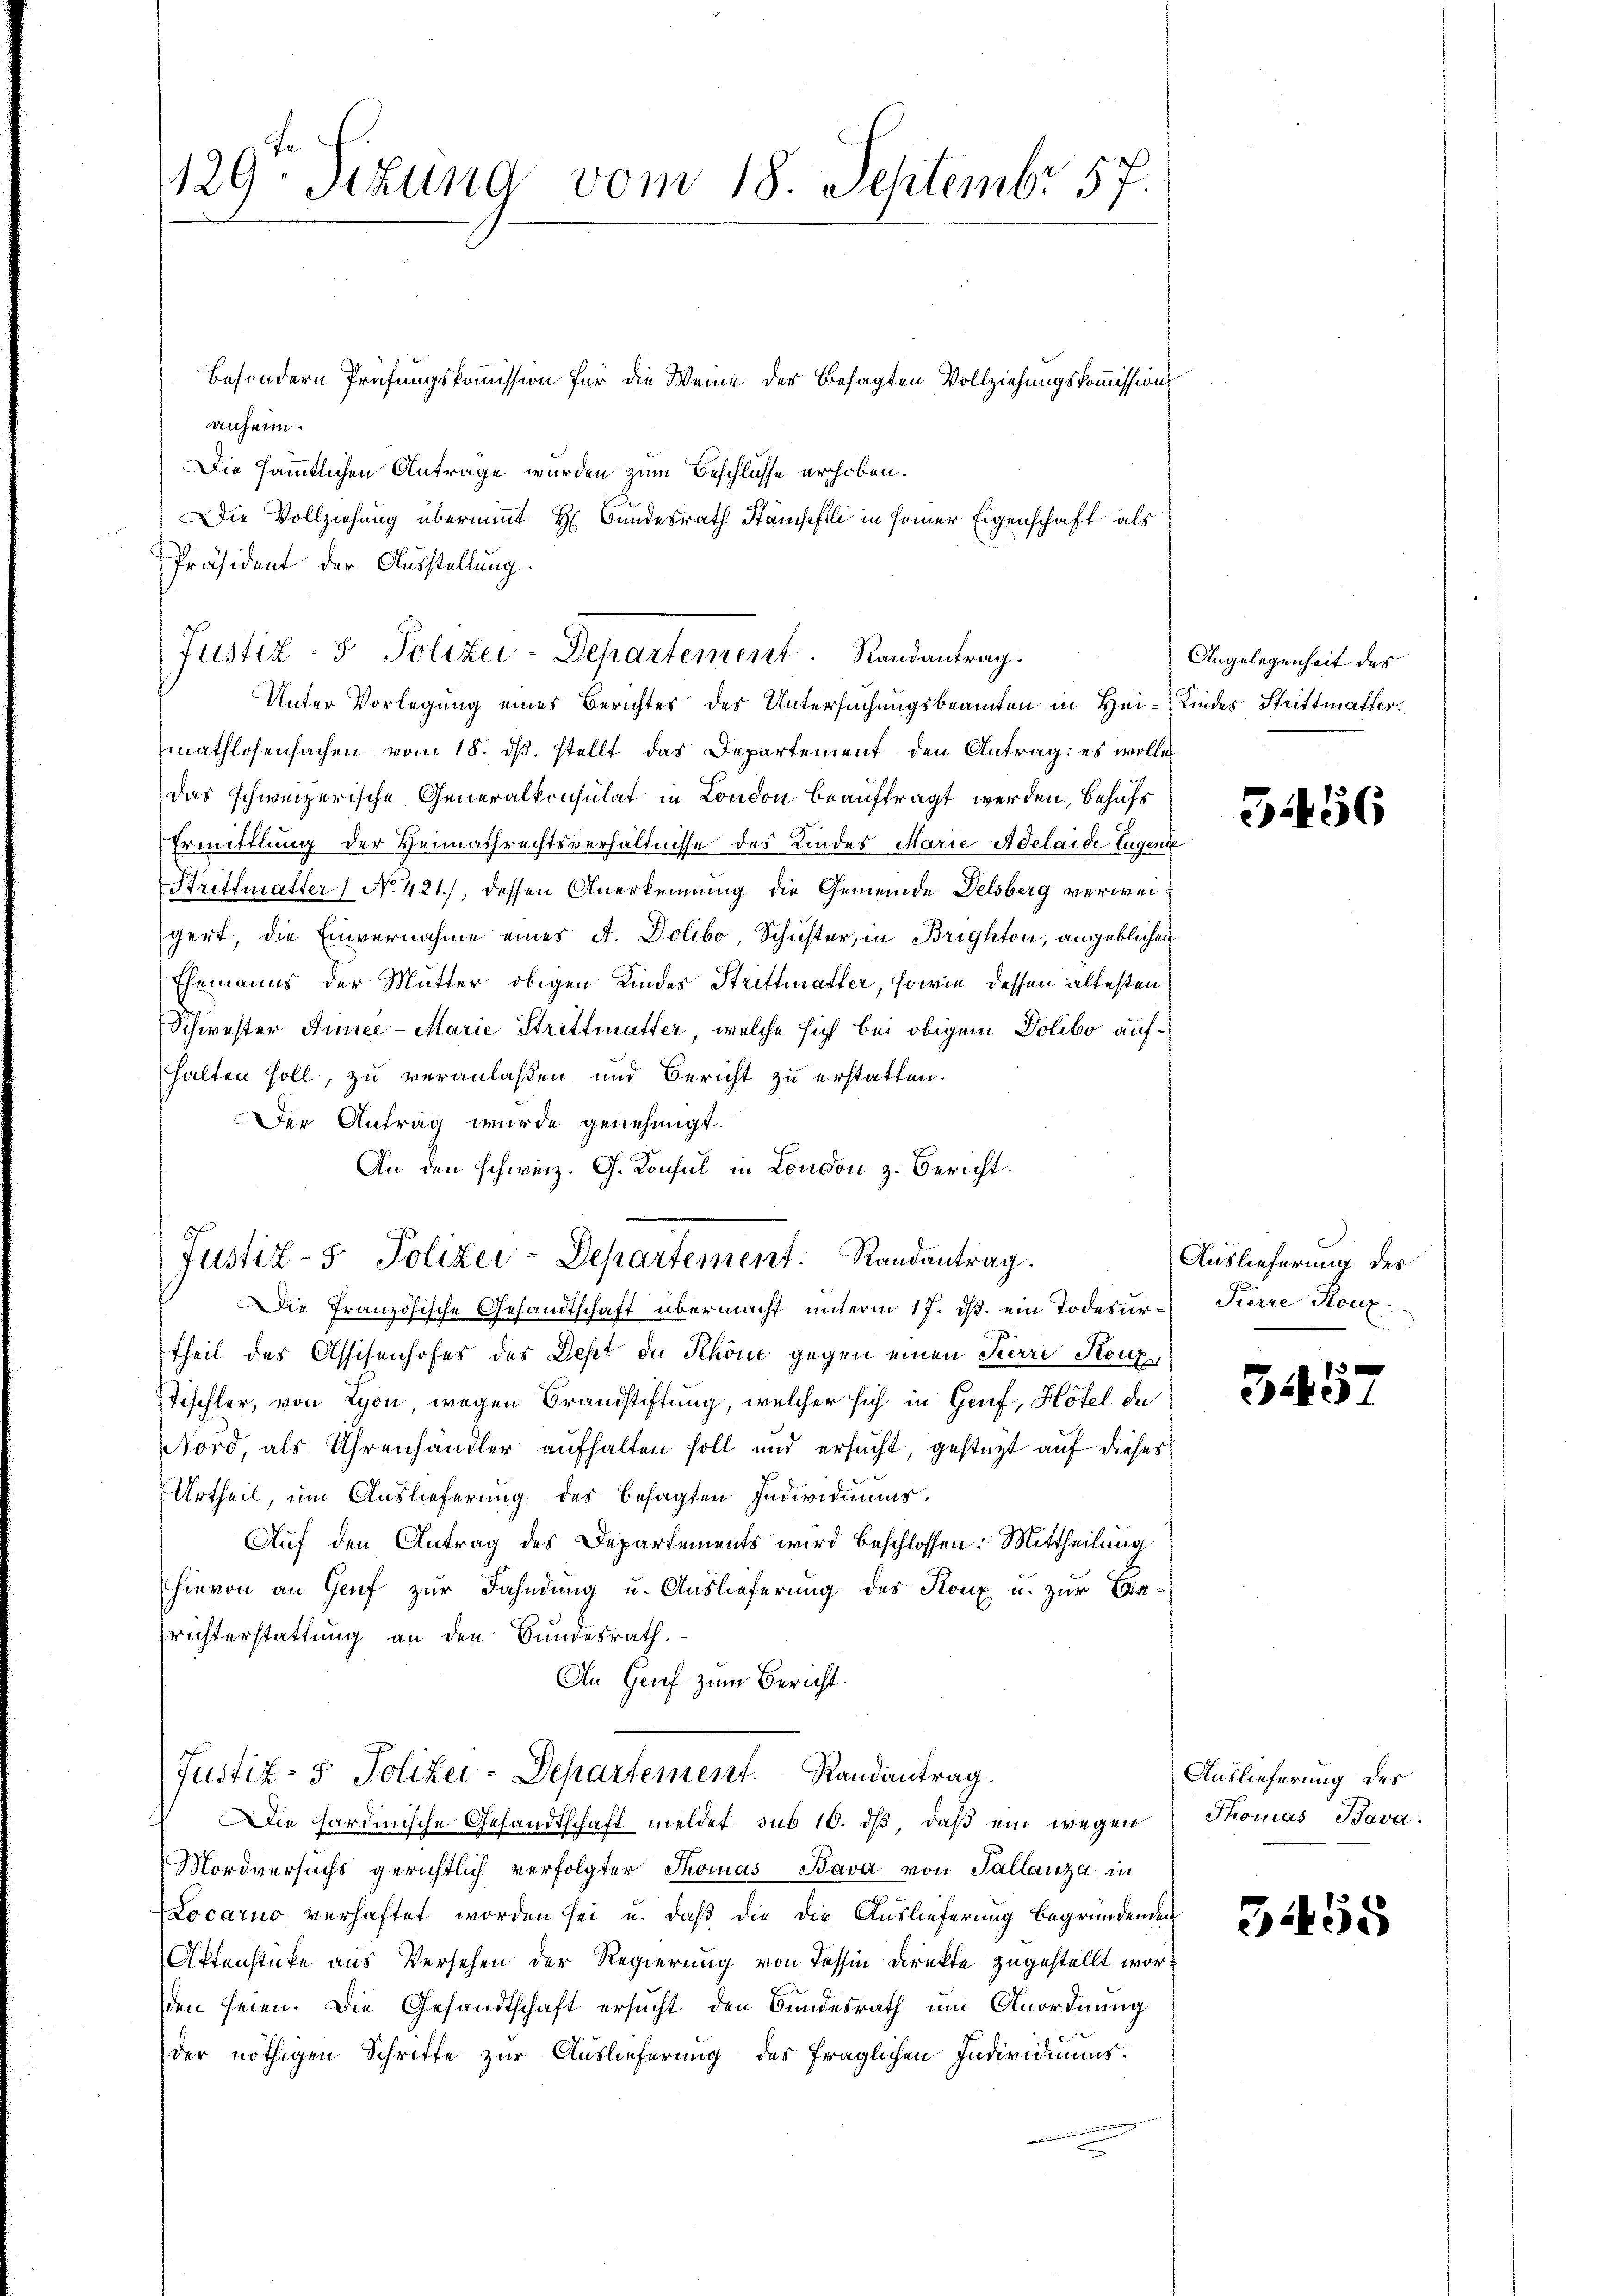
129. Sezung vom 18. Septembr 57.

besondern Prüfungskommission für die Weine der besagten Vollziehungskommission
anheim.
Die sämmtlichen Antrage wurden zum Beschlusse erhoben.
Die Vollziehung übernimmt H. Bundesrath Stämpfli in seiner Eigenschaft als
Präsident der Ausstellung.
mathlosensachen vom 18. ds. stellt das Departement den Antrag: es wolle
das schweizerische Generalkonsulat in London beauftragt werden, behufs
Ermittlung der Heimathrechtsverhältnisse des Kindes Marie Adelaide Eugenie
Strittmatter No 421.), dessen Anerkennung die Gemeinde Delsberg verweigert, die Einvernahme eines A. Dolibo, Schuster, in Brighton, angeblichen
Ehemanns der Mutter obigen Kindes Strittmatter, sowie dessen ältesten
Schwester Armee-Marie Strittmatter, welche sich bei obigem Polibo aufhalten soll, zu veranlassen und Bericht zu erstatten.
Der Antrag wurde genehmigt.
An den schweiz. G. Konsul in London z. Bericht.
Justiz- & Polizei-Departement: Randantrag.
Die französische Gesandtschaft übermacht unterm 17. ds. ein Todesur-Pierre Konz
theil des Assisenhofes des Dept de Schöne gegen einen Tierre Konze
Tischter, von Lyon, wegen Brandstiftung, welcher sich in Genf, Hotel de
Nord, als Uhrenhändler aufhalten soll und ersucht, gestüzt auf dieses
Urtheil, um Auslieferung des besagten Individiums,
Auf den Antrag des Departements wird beschlossen: Mittheilung
hievon an Genf zur Fahndung u. Auslieferung des Konx u. zur Berichterstattung an den Bundesrath.
An Genf zum Bericht.

Justiz- & Polizei-Departement. Randantrag:
Unter Vorlegung eines Berichtes des Untersuchungsbeamten in Hei-Kindes Strittmatter.

Justiz- & Polizei-Departement. Randantrag.

Die hardinische Gesandtschaft meldet sub 10. dβ, daβ ein wegen Thomas Bava.
Mordversuchs gerichtlich verfolgter Thomas Bava von Tallanza in
Locarno verhaftet worden sei u. daß die die Auslieferung begründenden
Aktenstücke aus Versehen der Regierung von Tessin Direkte zugestellt worden seien. Die Gesandtschaft ersucht den Bundesrath um Anordnung
der nöthigen Schritte zur Auslieferung des fraglichen Individiums¬

Angelegenheit des

3456

Auslieferung des

93
Biker

Auslieferung des

G1458